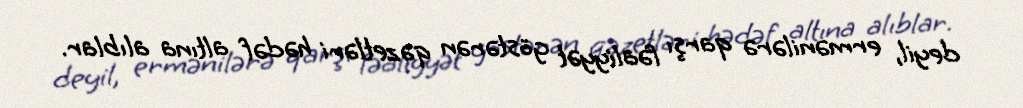
deyil, ermənilərə qarşı fəaliyyət göstərən qəzetləri hədəf altına alıblar.